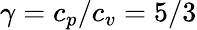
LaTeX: \gamma=c_{p}/c_{v}=5/3